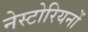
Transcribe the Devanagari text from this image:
नेस्टोरियनों